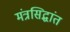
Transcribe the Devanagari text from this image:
मंत्रसिद्धांत